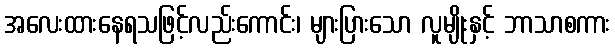
အလေးထားနေရသဖြင့်လည်းကောင်း၊ များပြားသော လူမျိုးနှင့် ဘာသာစကား